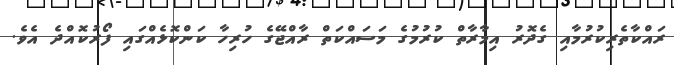
ރައްކާތެރިކުރުމާއި ގެދޮރު އިމާރާތް ކުރުމުގެ މަސައްކަތް ރާއްޖޭގެ ހުރިހާ ކަންކޮޅެއްގައި ފޯރުކޮއްދެ އެވެ.